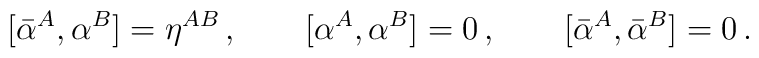
[\bar{\alpha}^A,\alpha^B]=\eta^{AB}\,,\qquad[\alpha^A,\alpha^B]=0\,,\qquad[\bar{\alpha}^A,\bar{\alpha}^B]=0\,.